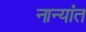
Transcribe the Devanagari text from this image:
नान्यांत